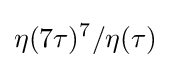
\eta (7\tau )^{7}/\eta (\tau )